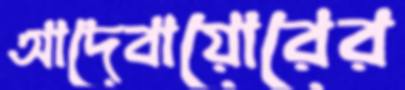
আদেবায়োরের